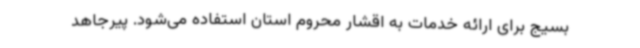
بسیج برای ارائه خدمات به اقشار محروم استان استفاده می‌شود. پیرجاهد